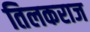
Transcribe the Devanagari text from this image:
तिलकराज